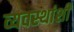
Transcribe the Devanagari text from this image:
व्यवस्थांशी